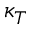
\kappa _ { T }